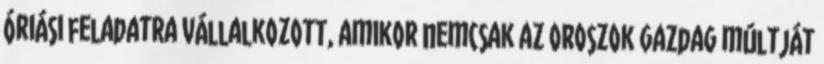
óriási feladatra vállalkozott, amikor nemcsak az oroszok gazdag múltját